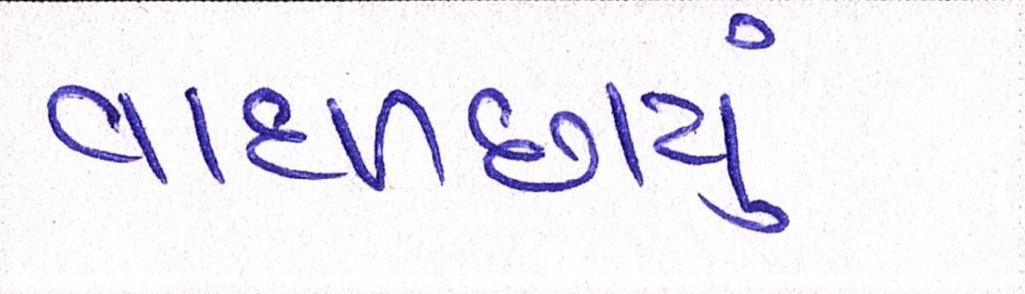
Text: વાદળછાયું